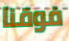
فوقنا